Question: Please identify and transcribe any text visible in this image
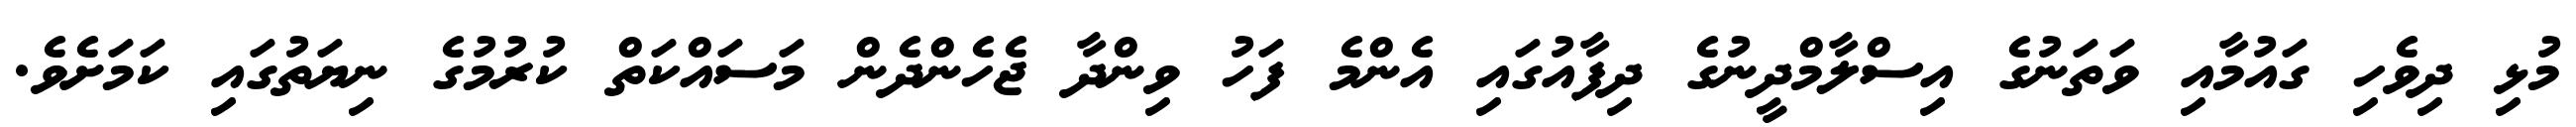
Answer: މުޅި ދިވެހި ގައުމާއި ވަތަނުގެ އިސްލާމްދީނުގެ ދިފާއުގައި އެންމެ ފަހު ވިންދާ ޖެހެންދެން މަސައްކަތް ކުރުމުގެ ނިޔަތުގައި ކަމަށެވެ.